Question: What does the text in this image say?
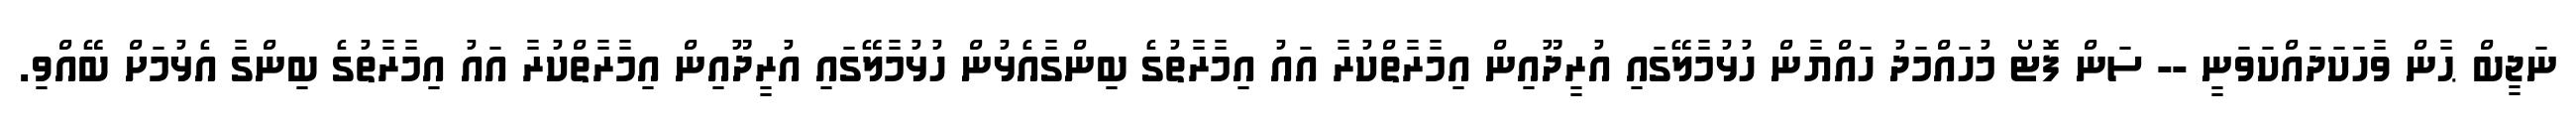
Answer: ނަޖީބް ޙާން ވާހަކަދައްކަވަނީ -- ސަން ފޮޓޯ މުހައްމަދު ހައްޔާން ހުޅުމާލޭގައި އުރީދޫއިން އިމާރާތްކުރާ އައު އިމާރާތުގެ ބިންގާއެޅުން ހުޅުމާލޭގައި އުރީދޫއިން އިމާރާތްކުރާ އައު އިމާރާތުގެ ބިންގާ އެޅުމަށް ބޭއްވި.